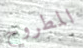
المطروح